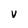
Character: v